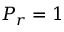
P _ { r } = 1